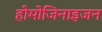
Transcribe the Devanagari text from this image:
होमोजिनाइजन